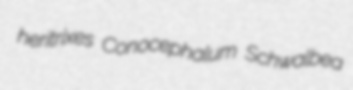
heritrixes Conocephalum Schwalbea